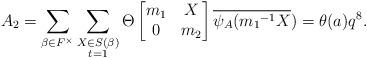
LaTeX: \begin{align*} A_2=\displaystyle \sum_{\beta \in F^{\times}} \sum_{\substack{X\in S(\beta) \\ t=1 }}\Theta \begin{bmatrix} m_1 & X\\0 & m_2\end{bmatrix}\overline{\psi_A({m_1}^{-1}X})=\theta(a)q^8.\end{align*}